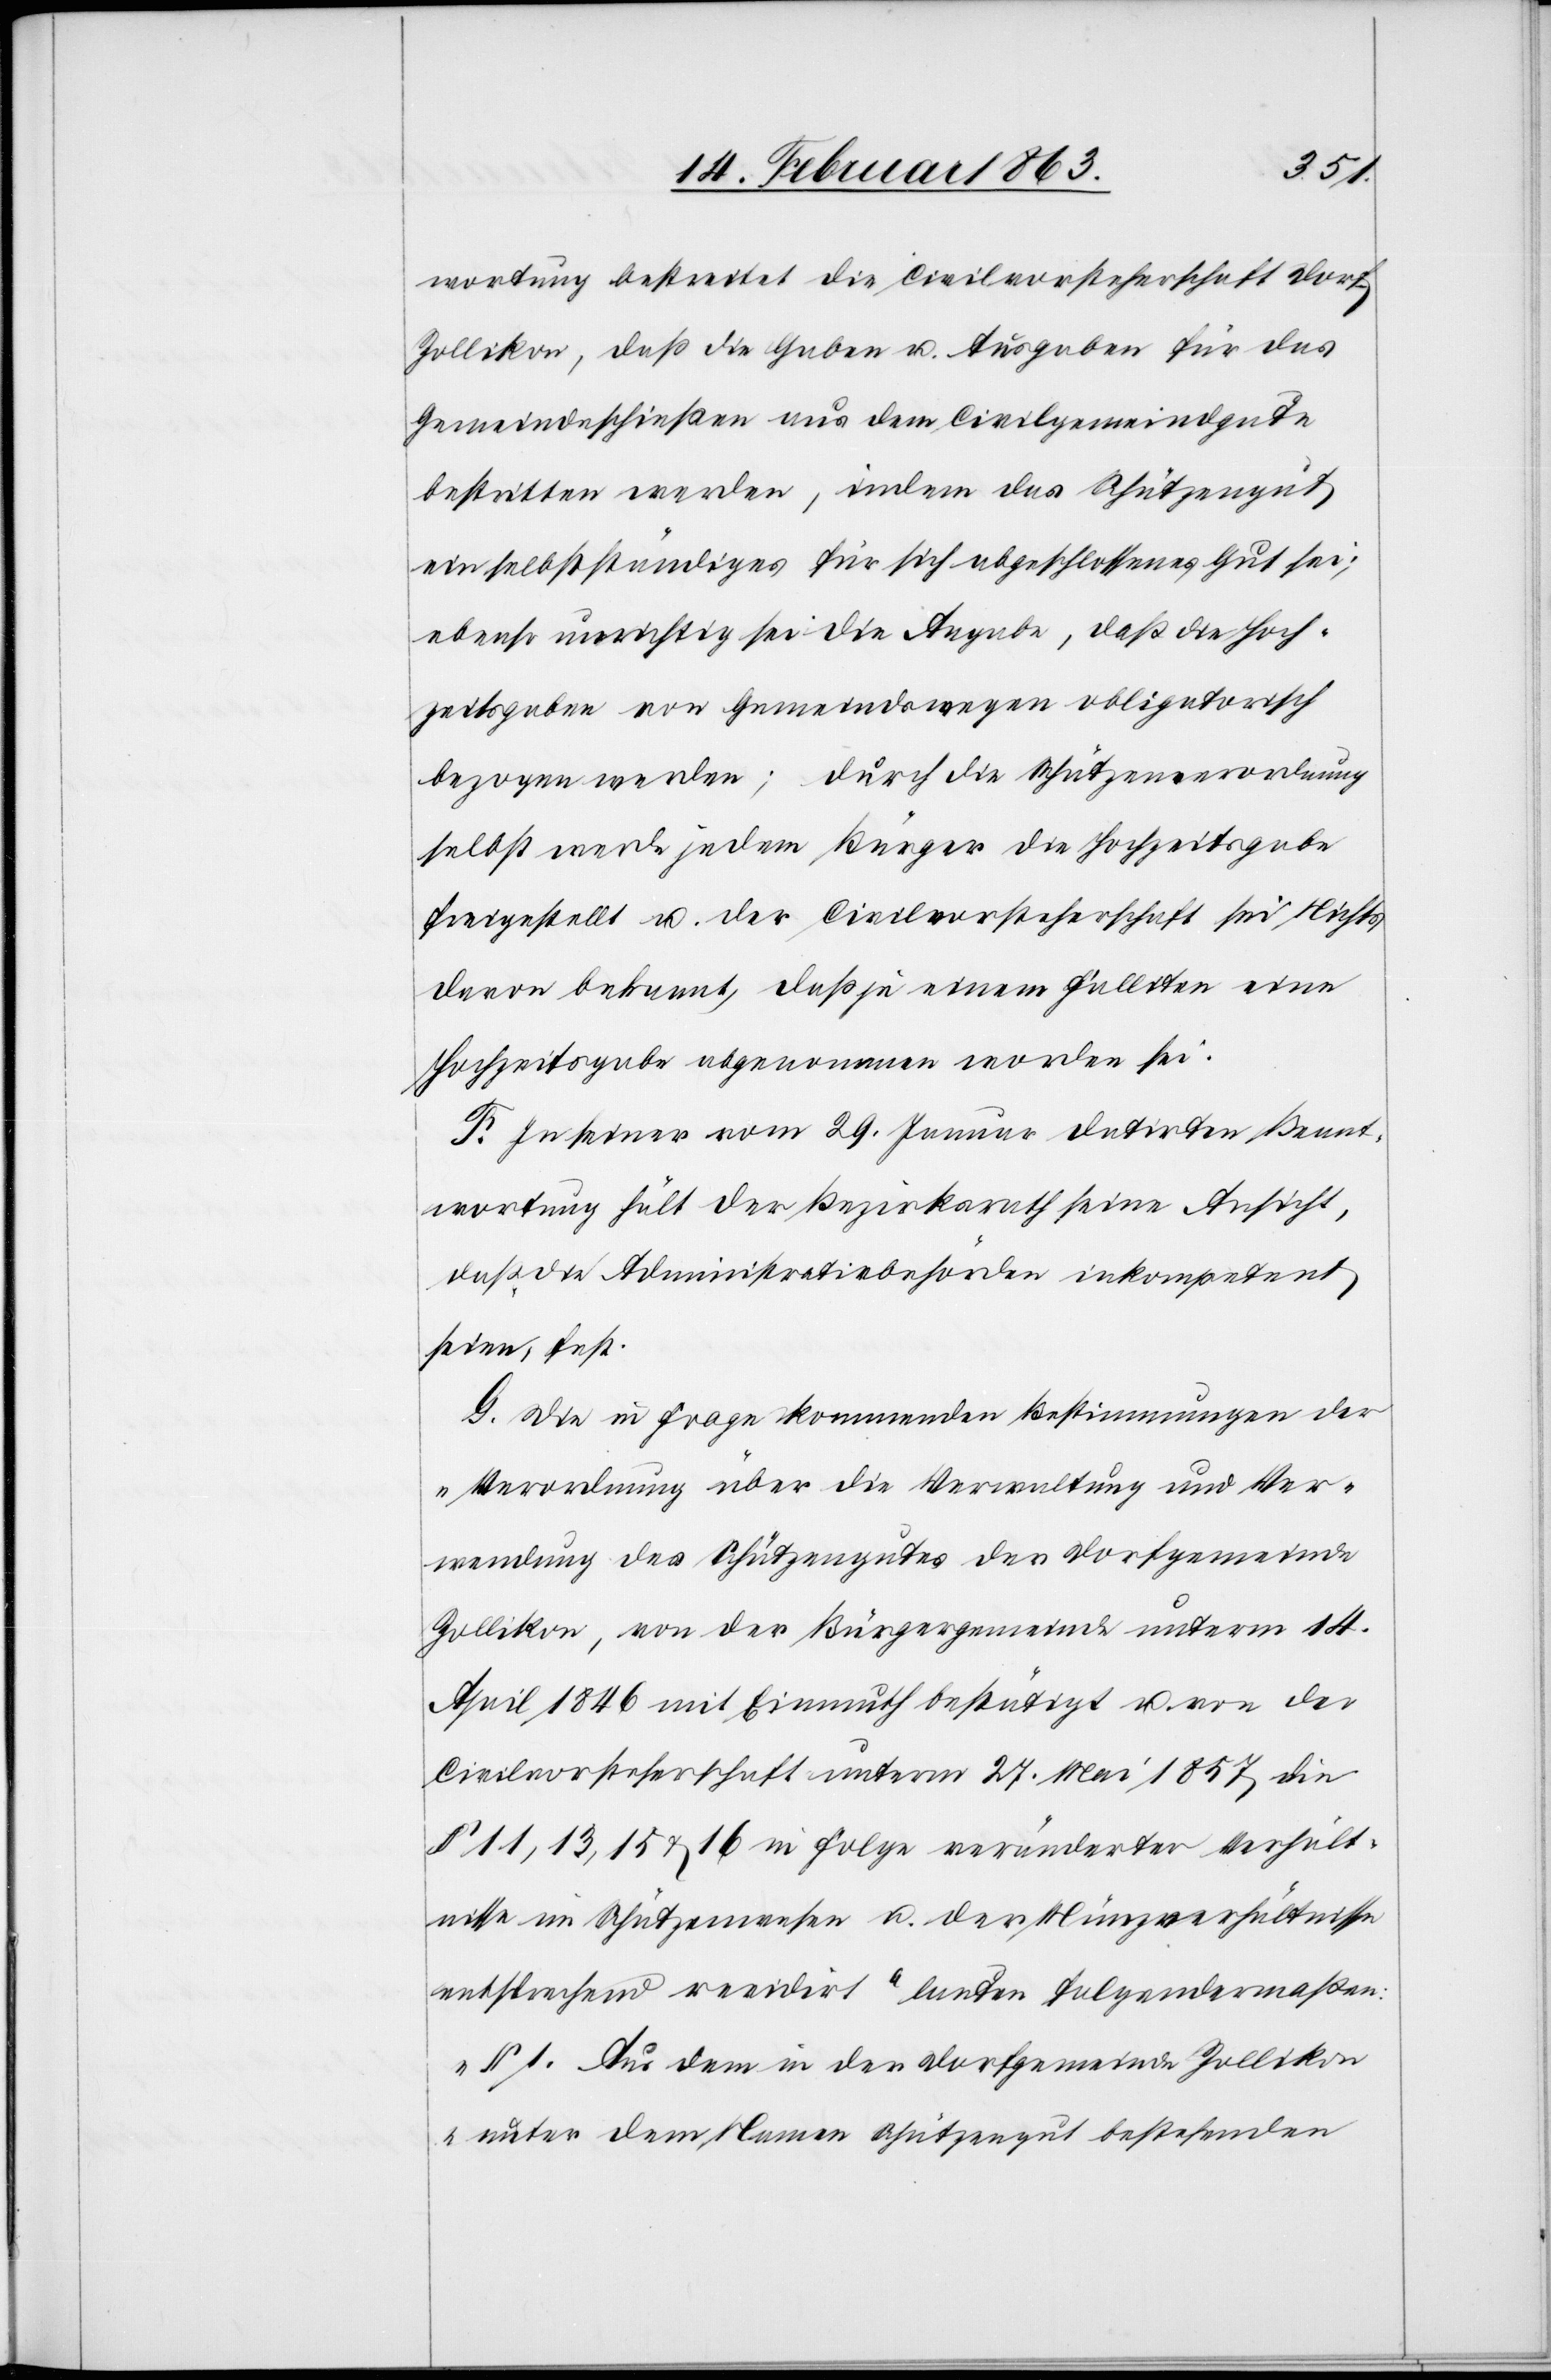
wortung bestreitet die Civilvorsteherschaft Dorf
Zollikon, daß die Gaben u. Ausgaben für das
Gemeindeschießen aus dem Civilgemeindgute
bestritten werden, indem das Schützengut
ein selbstständiges für sich abgeschlossenes Gut sei;
ebenso unrichtig sei die Angabe, daß die Hoch¬
zeitsgaben von Gemeindswegen obligatorisch
bezogen werden; durch die Schützenverordnung
selbst werde jedem Bürger die Hochzeitsgabe
freigestellt u. der Civilvorsteherschaft sei Nichts
davon bekannt, daß je einem Falliten eine
Hochzeitsgabe abgenommen worden sei.
F. In seiner vom 29. Januar datirten Beant¬
wortung hält der Bezirksrath seine Ansicht,
daß die Administrativbehörden inkompetent
seien, fest.
G. Die in Frage kommenden Bestimmungen der
„Verordnung über die Verwaltung und Ver¬
wendung des Schützengutes der Dorfgemeinde
Zollikon, von der Bürgergemeinde unterm 14.
April 1846 mit Einmuth bestätigt u. von der
Civilvorsteherschaft unterm 27. Mai 1857 die
§ 11, 13, 15 & 16 in Folge veränderter Verhält¬
nisse im Schützenwesen u. der Münzverhältnisse
entsprechend revidirt“ lauten folgendermaßen:
„§ 1. Aus dem in der Dorfgemeinde Zollikon
unter dem Namen Schützengut bestehenden